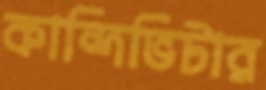
কান্দিভিটার